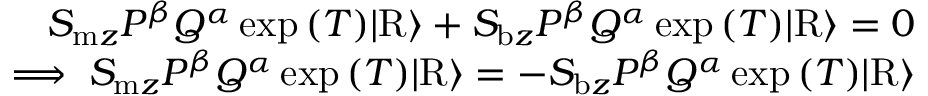
\begin{array} { r } { S _ { \mathrm { m } z } P ^ { \beta } Q ^ { \alpha } \exp { ( T ) } \vert \mathrm { R } \rangle + S _ { \mathrm { b } z } P ^ { \beta } Q ^ { \alpha } \exp { ( T ) } \vert \mathrm { R } \rangle = 0 } \\ { \implies S _ { \mathrm { m } z } P ^ { \beta } Q ^ { \alpha } \exp { ( T ) } \vert \mathrm { R } \rangle = - S _ { \mathrm { b } z } P ^ { \beta } Q ^ { \alpha } \exp { ( T ) } \vert \mathrm { R } \rangle } \end{array}